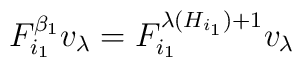
F_{i_{1}}^{\beta_{1}}v_{\lambda}=F_{i_{1}}^{\lambda(H_{i_{1}})+1}v_{\lambda}